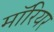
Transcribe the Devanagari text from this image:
मॉरियर